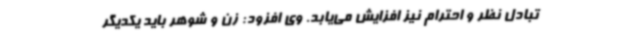
تبادل نظر و احترام نیز افزایش می‌یابد. وی افزود: زن و شوهر باید یکدیگر